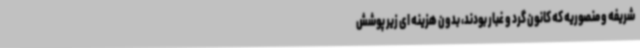
شریفه و منصوریه که کانون گرد و غبار بودند، بدون هزینه ای زیر پوشش